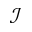
\mathcal { I }